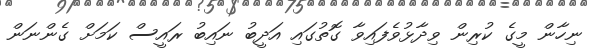
ނިހާން މީގެ ކުރިން ވިދާޅުވެފައިވާ ގޮތުގައި އަދީބު ނައިބު ރައީސް ކަމަށް ގެންނަން